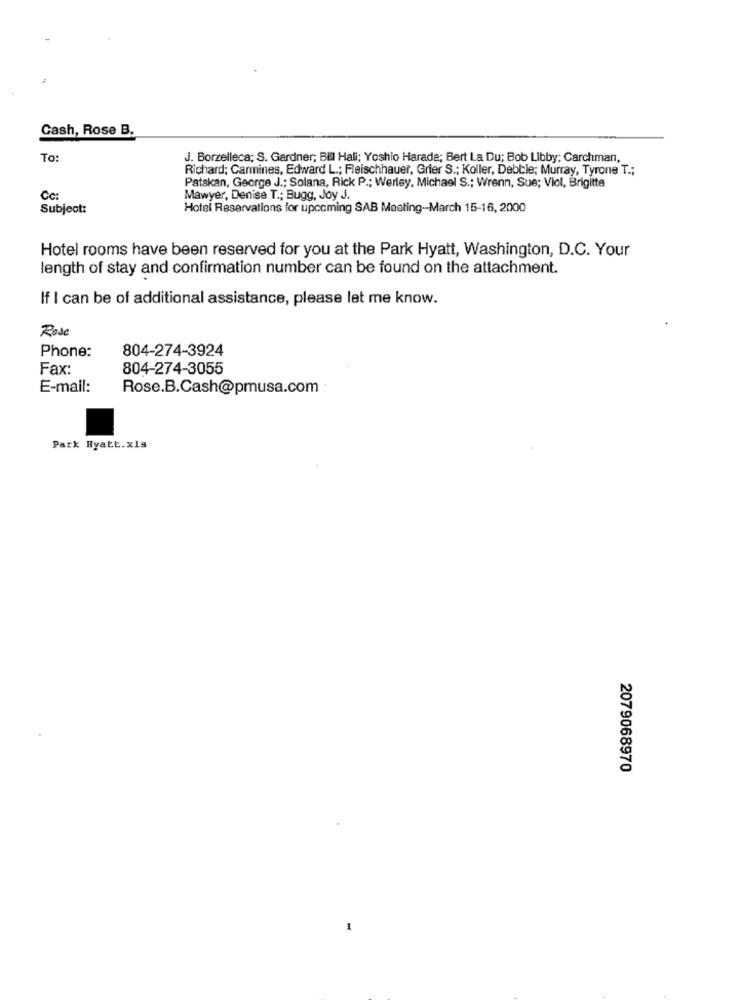
Cash, Rose B.
To:
J. Borzelleca: S. Gardner; Bi Hall; Yoshio Harada; Bert La Du; Bob Libby; Carchman,
Richard; Carmines, Edward L .; Fleischhauer, Grier S .; Koller, Debbie; Murray, Tyrone T .;
Patskan, George J .; Solana, Rick P .; Werley, Michael S .; Wrenn, Sue; Viol, Brigitte
Cc:
Mawyer, Denise T .; Bugg, Joy J.
Subject:
Hotel Reservations for upcoming SAB Meeting -- March 15-16, 2000
Hotel rooms have been reserved for you at the Park Hyatt, Washington, D.C. Your
length of stay and confirmation number can be found on the attachment.
If I can be of additional assistance, please let me know.
Rose
Phone:
804-274-3924
Fax:
804-274-3055
E-mail:
Rose.B.Cash@pmusa.com
Park Hyatt.xls
2079068970